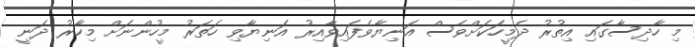
މި ހާދިސާގައި އިތުރު ދެމީހަކަށްވެސް އަނިޔާވެފައިވާއިރު އަނިޔާވި ހަތަރު މީހުންނަށް މިހާރު ދަނީ